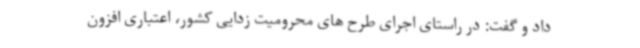
داد و گفت: در راستای اجرای طرح های محرومیت زدایی کشور، اعتباری افزون